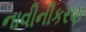
નાવીનીકરણ